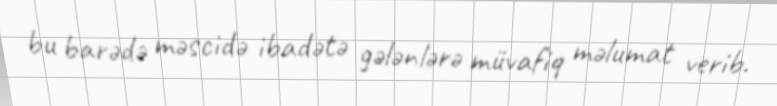
bu barədə məscidə ibadətə gələnlərə müvafiq məlumat verib.